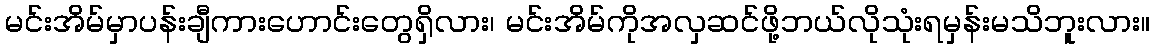
မင်းအိမ်မှာပန်းချီကားဟောင်းတွေရှိလား၊ မင်းအိမ်ကိုအလှဆင်ဖို့ဘယ်လိုသုံးရမှန်းမသိဘူးလား။